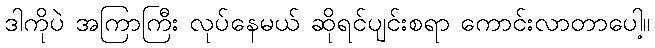
ဒါကိုပဲ အကြာကြီး လုပ်နေမယ် ဆိုရင်ပျင်းစရာ ကောင်းလာတာပေါ့။